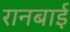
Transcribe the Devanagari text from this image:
रानबाई